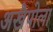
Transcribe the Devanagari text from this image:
अखैपोला